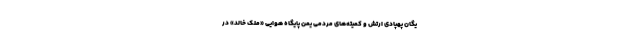
یگان پهپادی ارتش و کمیته‌های مردمی یمن پایگاه هوایی «ملک خالد» در